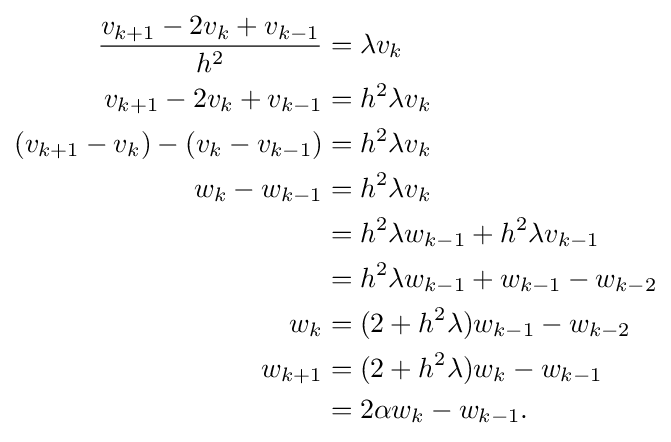
{\begin{alignedat}{2}{\frac {v_{k+1}-2v_{k}+v_{k-1}}{h^{2}}}&=\lambda v_{k}\\v_{k+1}-2v_{k}+v_{k-1}&=h^{2}\lambda v_{k}\\(v_{k+1}-v_{k})-(v_{k}-v_{k-1})&=h^{2}\lambda v_{k}\\w_{k}-w_{k-1}&=h^{2}\lambda v_{k}\\&=h^{2}\lambda w_{k-1}+h^{2}\lambda v_{k-1}\\&=h^{2}\lambda w_{k-1}+w_{k-1}-w_{k-2}\\w_{k}&=(2+h^{2}\lambda )w_{k-1}-w_{k-2}\\w_{k+1}&=(2+h^{2}\lambda )w_{k}-w_{k-1}\\&=2\alpha w_{k}-w_{k-1}.\end{alignedat}}